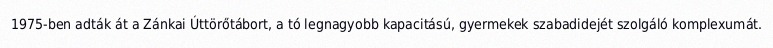
1975-ben adták át a Zánkai Úttörőtábort, a tó legnagyobb kapacitású, gyermekek szabadidejét szolgáló komplexumát.